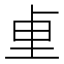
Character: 𫭬